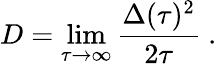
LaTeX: D=\operatorname*{lim}_{\tau\rightarrow\infty}\frac{\Delta(\tau)^{2}}{2\tau}~.